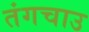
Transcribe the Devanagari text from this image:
तंगचाउ